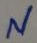
Text: N